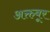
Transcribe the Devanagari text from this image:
अक्तबूर